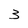
Character: 3